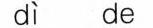
d\grave{i} de